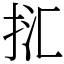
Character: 㧟